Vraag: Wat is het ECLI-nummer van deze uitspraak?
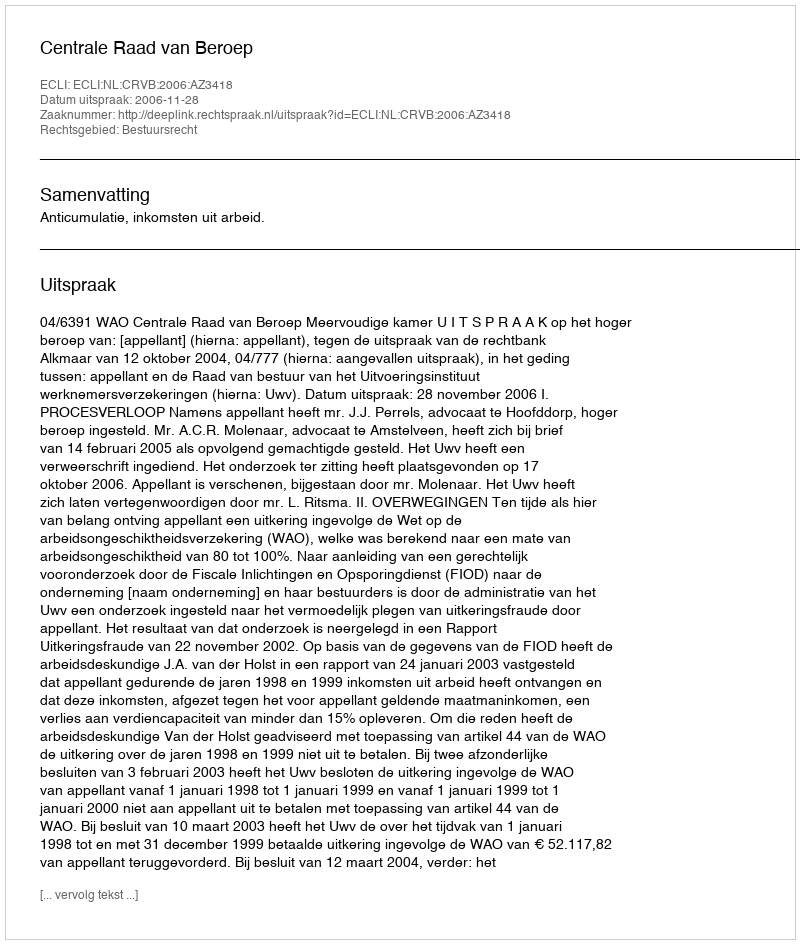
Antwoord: ECLI:NL:CRVB:2006:AZ3418